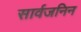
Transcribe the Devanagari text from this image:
सार्वजनिन